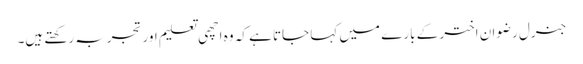
جنرل رضوان اختر کے بارے میں کہا جاتا ہے کہ وہ اچھی تعلیم اور تجربہ رکھتے ہیں۔